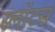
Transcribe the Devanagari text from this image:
स्लॉटस